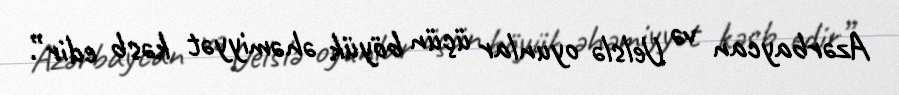
Azərbaycan və Uelslə oyunlar üçün böyük əhəmiyyət kəsb edir”.